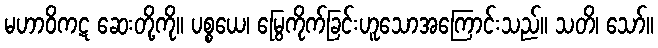
မဟာဝိကဋ ဆေးတို့ကို။ ပစ္စယေ၊ မြွေကိုက်ခြင်းဟူသောအကြောင်းသည်။ သတိ၊ သော်။